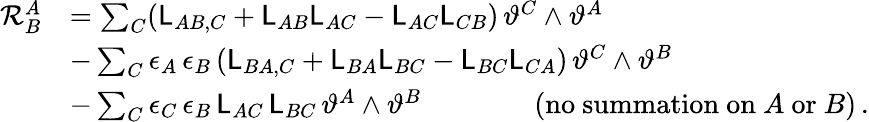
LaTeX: \begin{array}{rl}{\mathcal{R}^{A}_{B}}&{=\sum_{C}(\mathsf{L}_{AB,C}+\mathsf{L}_{AB}\mathsf{L}_{AC}-\mathsf{L}_{AC}\mathsf{L}_{CB})\, \vartheta^{C}\wedge\vartheta^{A}}\\ &{-\sum_{C}\epsilon_{A}\, \epsilon_{B}\, (\mathsf{L}_{BA,C}+\mathsf{L}_{BA}\mathsf{L}_{BC}-\mathsf{L}_{BC}\mathsf{L}_{CA})\, \vartheta^{C}\wedge\vartheta^{B}}\\ &{-\sum_{C}\epsilon_{C}\, \epsilon_{B}\, \mathsf{L}_{AC}\, \mathsf{L}_{BC}\, \vartheta^{A}\wedge\vartheta^{B}\qquad\qquad(\mathrm{no~summation~on}~A~\mathrm{or}~B)\, .}\end{array}